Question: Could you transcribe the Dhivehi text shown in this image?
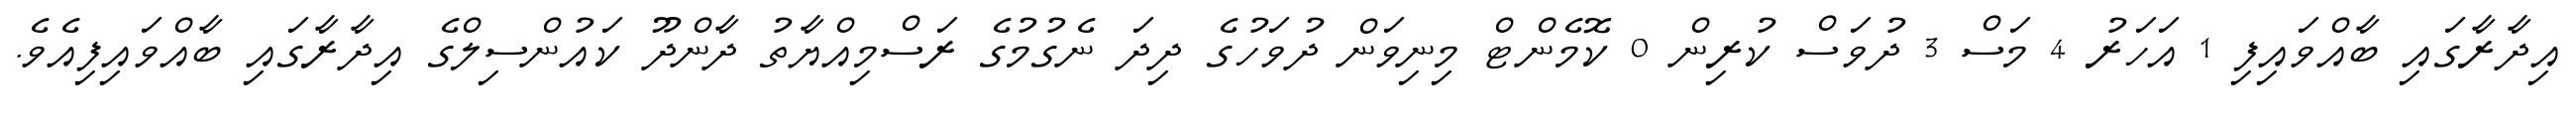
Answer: އިދާރާގައި ބާއްވައިފި 1 އަހަރު 4 މަސް 3 ދުވަސް ކުރިން 0 ކޮމެންޓް މިނިވަން ދުވަހުގެ ދިދަ ނެގުމުގެ ރަސްމިއްޔާތު ދާންދޫ ކައުންސިލްގެ އިދާރާގައި ބާއްވައިފިއެވެ.